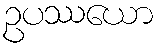
ဥပဿယော